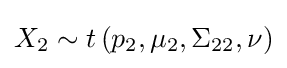
X_{2}\sim t\left(p_{2},\mu _{2},\Sigma _{22},\nu \right)